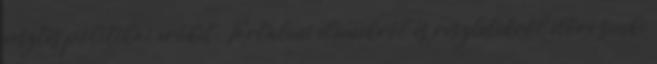
vesztes politikai erőket. Tartalmi elemekről és részletekről előre senki